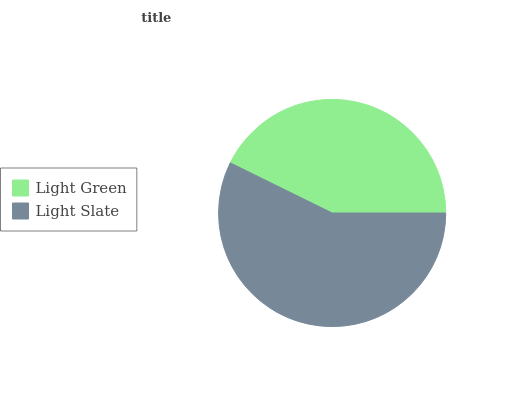
| Light Green | Light Slate |
 | --- | --- |
 | 42.7% | 57.3% |